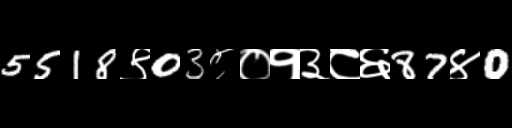
Text: 5518९03८०१३८६87४0